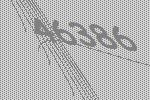
46386